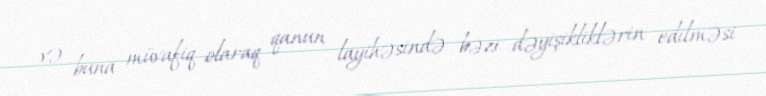
və buna müvafiq olaraq qanun layihəsində bəzi dəyişikliklərin edilməsi